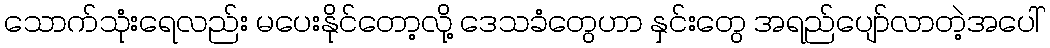
သောက်သုံးရေလည်း မပေးနိုင်တော့လို့ ဒေသခံတွေဟာ နှင်းတွေ အရည်ပျော်လာတဲ့အပေါ်